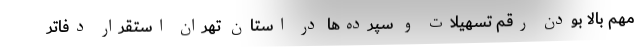
مهم بالا بودن رقم تسهیلات و سپرده‌ها در استان تهران استقرار دفاتر